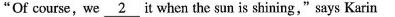
"Of course, we \underline{2} it when the sun is shining," says Karin